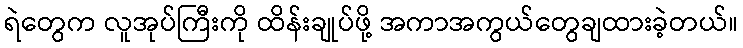
ရဲတွေက လူအုပ်ကြီးကို ထိန်းချုပ်ဖို့ အကာအကွယ်တွေချထားခဲ့တယ်။